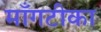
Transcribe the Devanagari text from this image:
माँगटीका